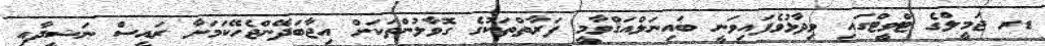
ޑރ ޖަމީލްގެ ޓްވީޓްގައި ވިދާޅުވެފައިވަނީ ބައިނަލްއަޤްވާމީ ފަރާތްތަކުގެ ގޮވާލުންތަކަށް އިޖާބަދޭންޖެހޭކަމަށާ ރައީސް ނަޝީދާއި